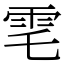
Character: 䨋